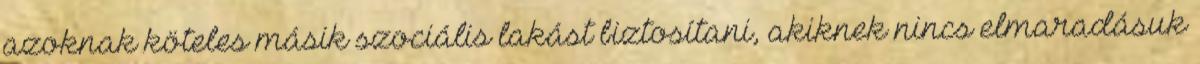
azoknak köteles másik szociális lakást biztosítani, akiknek nincs elmaradásuk